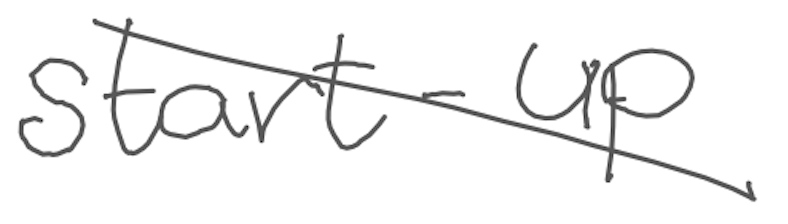
Text: start-up
Cross-out: diagonal
Writing tool: digital_gray